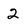
Character: 2